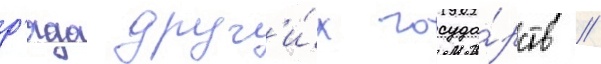
р'яда друг'и́х госуда́рств //